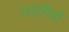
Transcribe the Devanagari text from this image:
त्‍यागियो